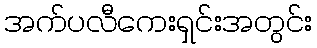
အက်ပလီကေးရှင်းအတွင်း